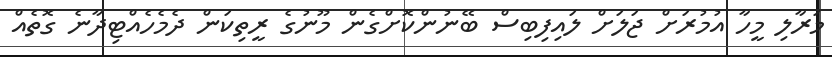
މަރާލި މީހާ އުމުރަށް ޖަލަށް ލައިފިބިސް ބޭނުންކޮށްގެން މޫނުގެ ރީތިކަން ދެމެހެއްޓިދާނެ ގޮތެއް